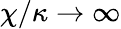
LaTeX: \chi/\kappa\rightarrow\infty